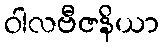
ဝါလဗီဇနိယာ